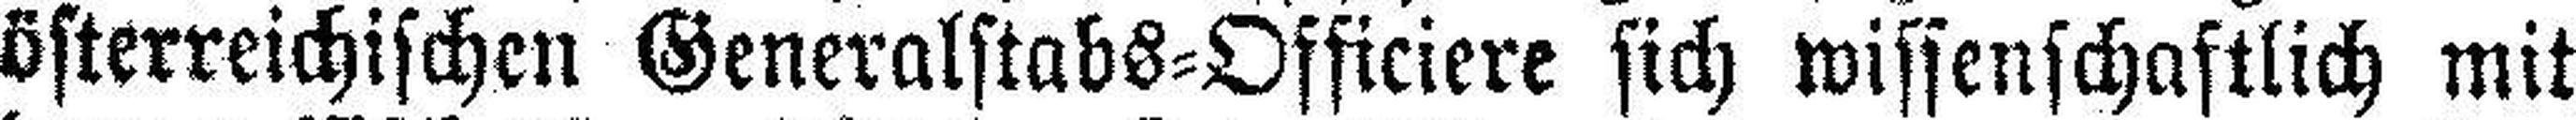
österreichischen Generalstabs=Officiere sich wissenschaftlich mit